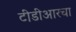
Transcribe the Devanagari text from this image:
टीडीआरचा